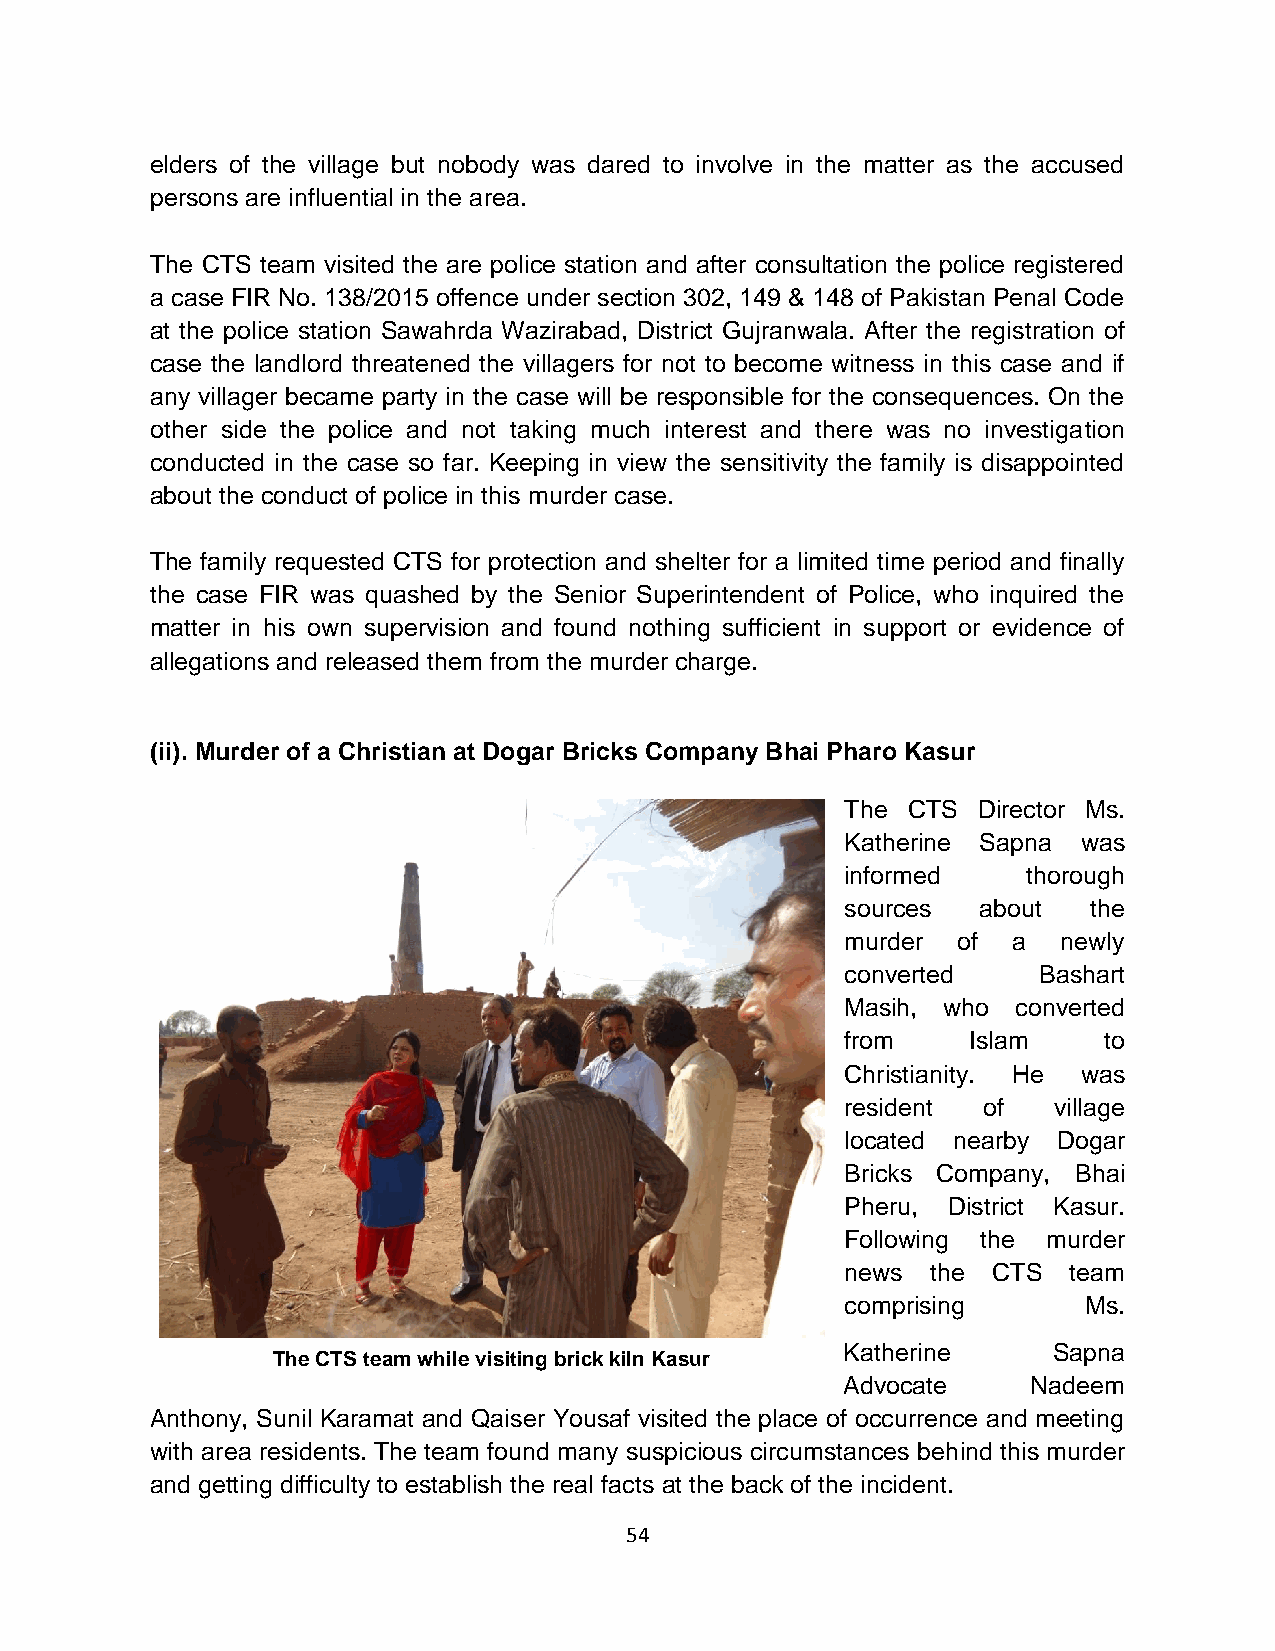
elders of the village but nobody was dared to involve in the matter as the accused
 persons are influential in the area.
 The CTS team visited the are police station and after consultation the police registered
 a case FIR No. 138/2015 offence under section 302, 149 & 148 of Pakistan Penal Code
 at the police station Sawahrda Wazirabad, District Gujranwala. After the registration of
 case the landlord threatened the villagers for not to become witness in this case and if
 any villager became party in the case will be responsible for the consequences. On the
 other side the police and not taking much interest and there was no investigation
 conducted in the case so far. Keeping in view the sensitivity the family is disappointed
 about the conduct of police in this murder case.
 The family requested CTS for protection and shelter for a limited time period and finally
 the case FIR was quashed by the Senior Superintendent of Police, who inquired the
 matter in his own supervision and found nothing sufficient in support or evidence of
 allegations and released them from the murder charge.
 (ii). Murder of a Christian at Dogar Bricks Company Bhai Pharo Kasur
 The CTS  Director Ms.
 Katherine Sapna was
 informed    thorough
 sources  about  the
 murder of  a  newly
 converted    Bashart
 Masih, who converted
 from    Islam    to
 Christianity. He was
 resident of   village
 located nearby Dogar
 Bricks Company, Bhai
 Pheru, District Kasur.
 Following the murder
 news  the CTS  team
 comprising      Ms.
 Katherine     Sapna
 The CTS team while visiting brick kiln Kasur
 Advocate    Nadeem
 Anthony, Sunil Karamat and Qaiser Yousaf visited the place of occurrence and meeting
 with area residents. The team found many suspicious circumstances behind this murder
 and getting difficulty to establish the real facts at the back of the incident.
 54